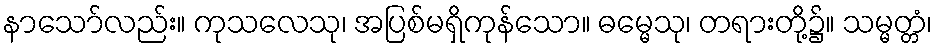
နာသော်လည်း။ ကုသလေသု၊ အပြစ်မရှိကုန်သော။ ဓမ္မေသု၊ တရားတို့၌။ သမ္မတ္တံ၊